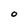
Character: O